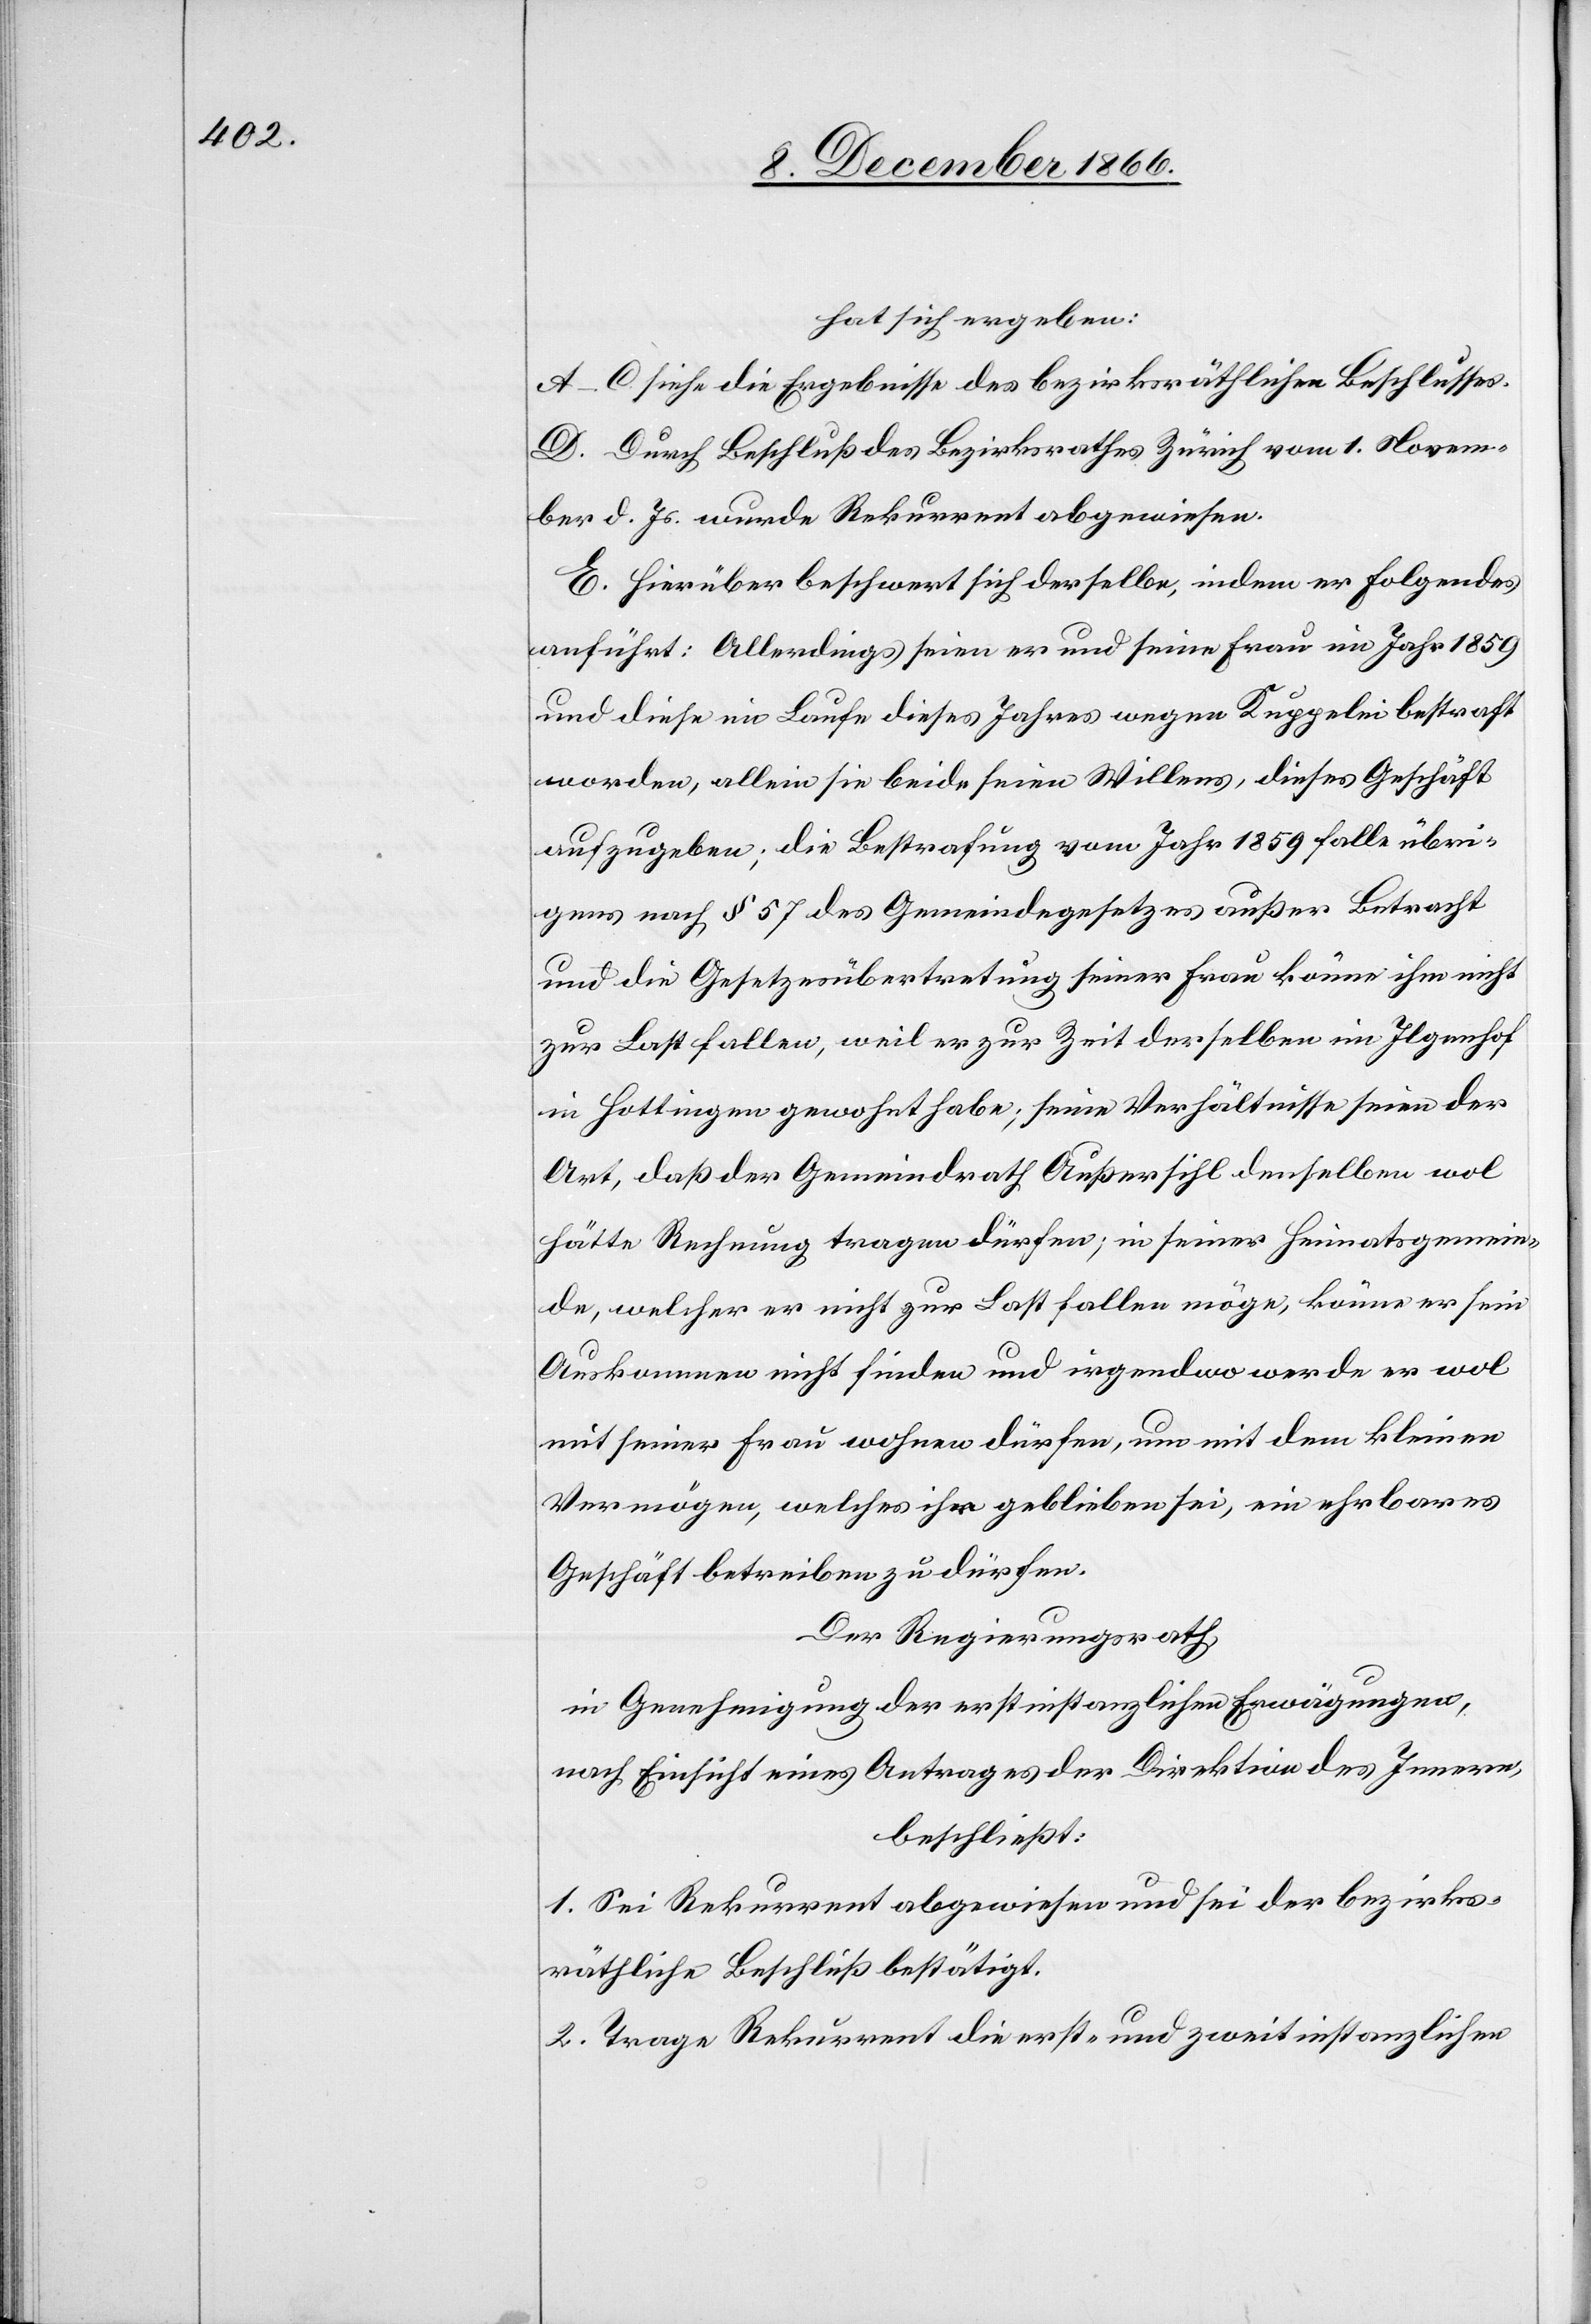
hat sich ergeben:
A–C siehe die Ergebnisse des bezirksräthlichen Beschlusses.
D. Durch Beschluß des Bezirksrathes Zürich vom 1. Novem¬
ber d. Js. wurde Rekurrent abgewiesen.
E. Hierüber beschwert sich derselbe, indem er Folgendes
anführt: Allerdings seien er und seine Frau im Jahr 1859
und diese im Laufe dieses Jahres wegen Kuppelei bestraft
worden, allein sie beide seien Willens, dieses Geschäft
aufzugeben; die Bestrafung vom Jahr 1859 falle übri¬
gens nach § 57 des Gemeindegesetzes außer Betracht
und die Gesetzesübertretung seiner Frau könne ihm nicht
zur Last fallen, weil er zur Zeit derselben im Ilgenhof
in Hottingen gewohnt habe; seine Verhältnisse seien der
Art, daß der Gemeindrath Außersihl denselben wol
hätte Rechnung tragen dürfen; in seiner Heiratsgemein¬
de, welcher er nicht zur Last fallen möge, könne er sein
Auskommen nicht finden und irgendwo werde er wol
mit seiner Frau wohnen dürfen, um mit dem kleinen
Vermögen, welches ihm geblieben sei, ein ehrbares
Geschäft betreiben zu dürfen.
Der Regierungsrath,
in Genehmigung der erstinstanzlichen Erwägungen,
nach Einsicht eines Antrages der Direktion des Innern,
beschließt:
1. Sei Rekurrent abgewiesen und sei der bezirks¬
räthliche Beschluß bestätigt.
2. Trage Rekurrent die erst- und zweitinstanzlichen